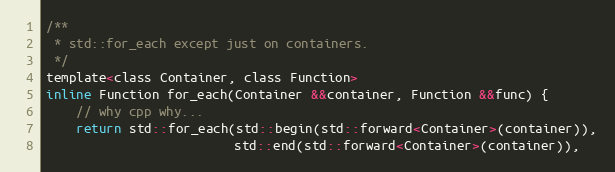
Language: C
/**
 * std::for_each except just on containers.
 */
template<class Container, class Function>
inline Function for_each(Container &&container, Function &&func) {
	// why cpp why...
	return std::for_each(std::begin(std::forward<Container>(container)),
	                     std::end(std::forward<Container>(container)),